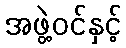
အဖွဲ့ဝင်နှင့်